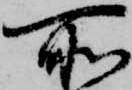
所